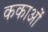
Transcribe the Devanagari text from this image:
ककाओं